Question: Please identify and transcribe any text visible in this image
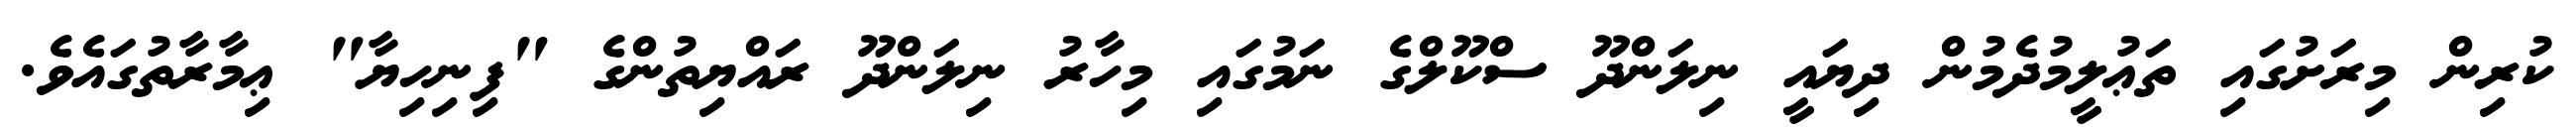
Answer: ކުރިން މިރަށުގައި ތަޢުލީމުދެމުން ދިޔައީ ނިލަންދޫ ސްކޫލްގެ ނަމުގައި މިހާރު ނިލަންދޫ ރައްޔިތުންގެ "ފިނިހިޔާ" ޢިމާރާތުގައެވެ.